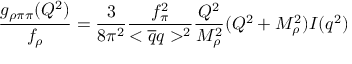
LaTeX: \frac { g _ { \rho \pi \pi } ( Q ^ { 2 } ) } { f _ { \rho } } = \frac { 3 } { 8 \pi ^ { 2 } } \frac { f _ { \pi } ^ { 2 } } { < \overline { { { q } } } q > ^ { 2 } } \frac { Q ^ { 2 } } { M _ { \rho } ^ { 2 } } ( Q ^ { 2 } + M _ { \rho } ^ { 2 } ) I ( q ^ { 2 } )